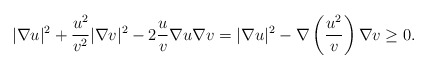
\begin{align*}|\nabla u|^2 + \frac{u^2}{v^2} |\nabla v|^2- 2 \frac{u}{v} \nabla u\nabla v= |\nabla u|^2- \nabla \left( \frac{u^2}{v} \right)\nabla v \geq 0.\end{align*}